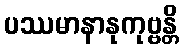
ပဿမာနာနုကုဗ္ဗန္တိ